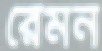
রেমন